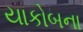
યાકોબના